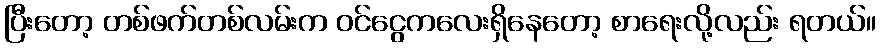
ပြီးတော့ တစ်ဖက်တစ်လမ်းက ဝင်ငွေကလေးရှိနေတော့ စာရေးလို့လည်း ရတယ်။